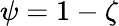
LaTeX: \psi=1-\zeta